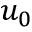
u _ { 0 }